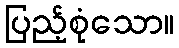
ပြည့်စုံသော။